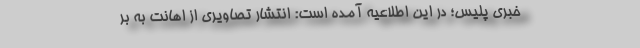
خبری پلیس؛ در این اطلاعیه آمده است: انتشار تصاویری از اهانت به بر